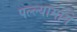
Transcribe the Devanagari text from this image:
पल्ल्यामागे